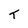
Character: T